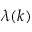
\lambda ( k )